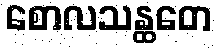
စောလသန္ထတေ